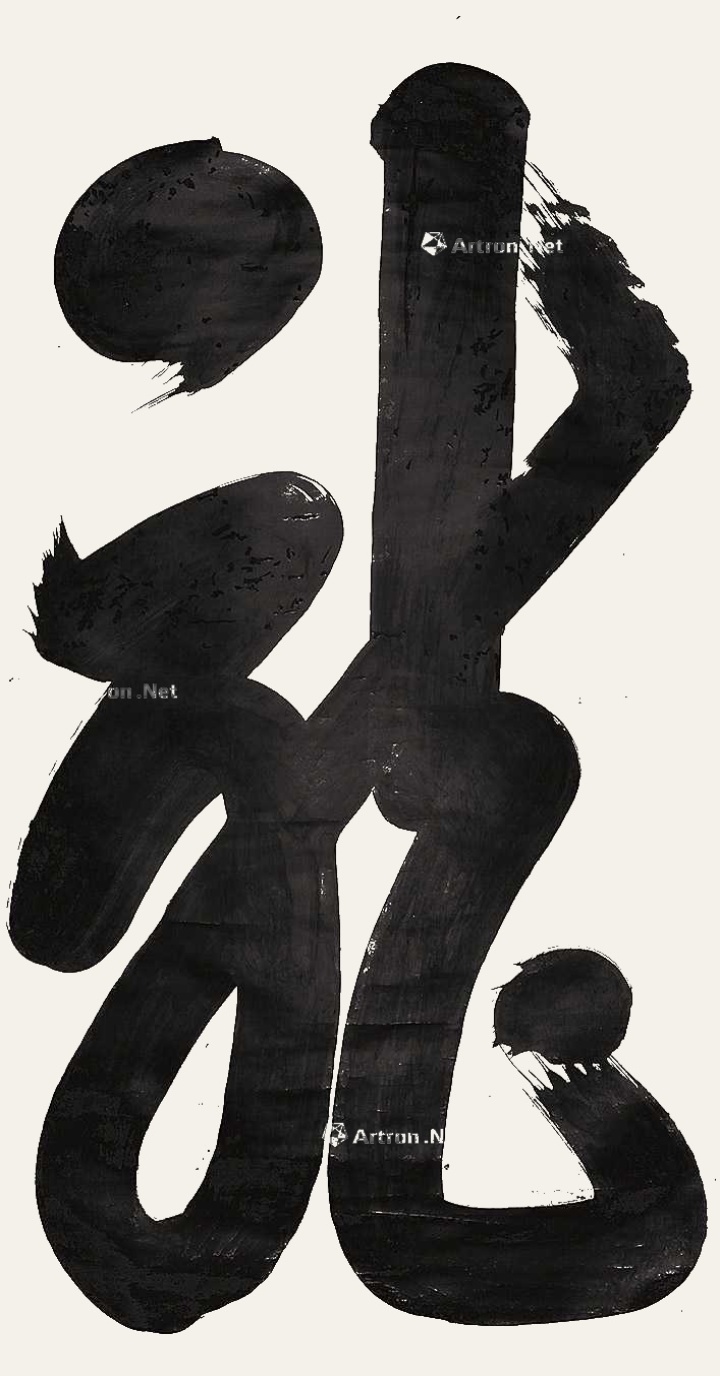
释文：龙